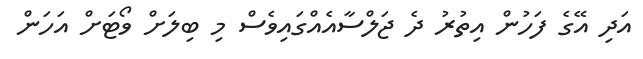
އަދި އޭގެ ފަހުން އިތުރު ދެ ޖަލްސާއެއްގައިވެސް މި ބިލަށް ވޯޓަށް އަހަން